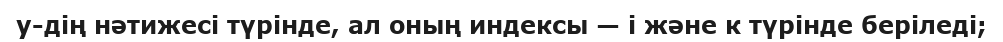
y-дің нәтижесі түрінде, ал оның индексы — i және к түрінде беріледі;